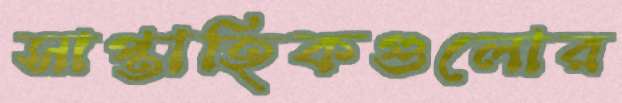
সাপ্তাহিকগুলোর